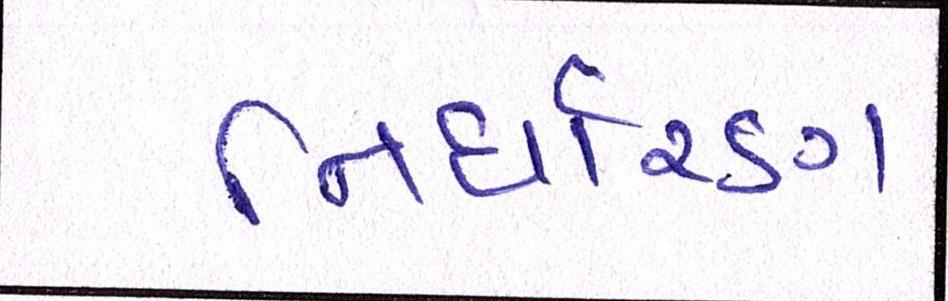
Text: નિર્ધારણ